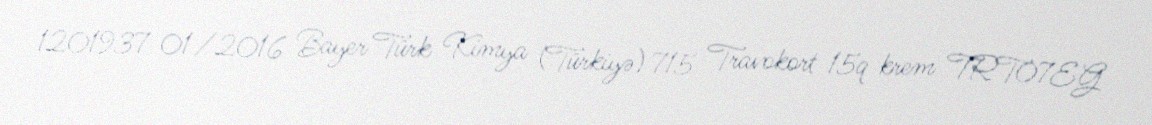
1201937 01/2016 Bayer Türk Kimya (Türkiyə) 715 Travokort 15q krem TRT07EG